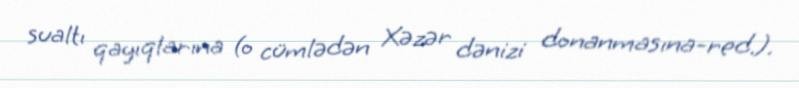
sualtı qayıqlarına (o cümlədən Xəzər dənizi donanmasına-red.).